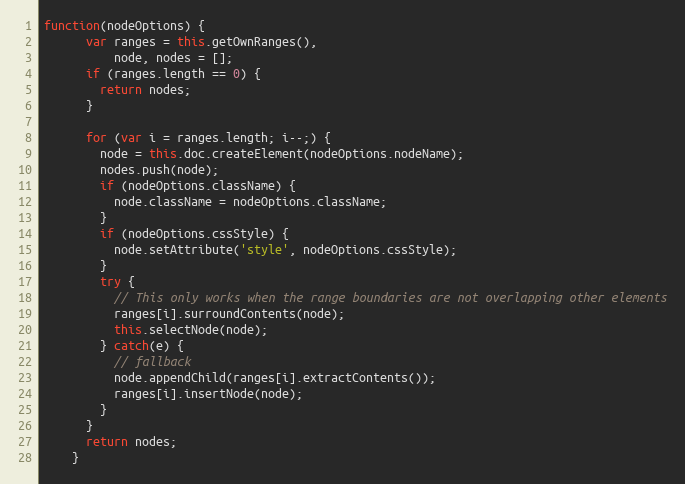
Language: JavaScript
function(nodeOptions) {
      var ranges = this.getOwnRanges(),
          node, nodes = [];
      if (ranges.length == 0) {
        return nodes;
      }

      for (var i = ranges.length; i--;) {
        node = this.doc.createElement(nodeOptions.nodeName);
        nodes.push(node);
        if (nodeOptions.className) {
          node.className = nodeOptions.className;
        }
        if (nodeOptions.cssStyle) {
          node.setAttribute('style', nodeOptions.cssStyle);
        }
        try {
          // This only works when the range boundaries are not overlapping other elements
          ranges[i].surroundContents(node);
          this.selectNode(node);
        } catch(e) {
          // fallback
          node.appendChild(ranges[i].extractContents());
          ranges[i].insertNode(node);
        }
      }
      return nodes;
    }